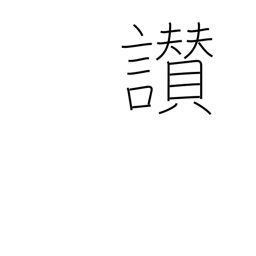
Meaning: praise